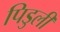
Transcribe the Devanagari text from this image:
पिडुली